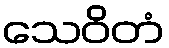
သေဝိတံ